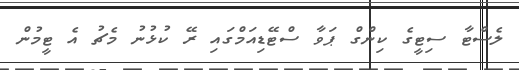
ލެސްޓާ ސިޓީގެ ކިންގް ޕަވާ ސްޓޭޑިއަމްގައި ރޭ ކުޅުނު މެޗު އެ ޓީމުން